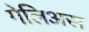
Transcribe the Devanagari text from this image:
गेलिअस